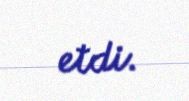
etdi.